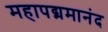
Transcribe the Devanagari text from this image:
महापद्ममानंद